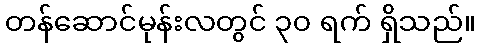
တန်ဆောင်မုန်းလတွင် ၃၀ ရက် ရှိသည်။